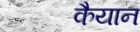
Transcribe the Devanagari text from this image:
कैयान